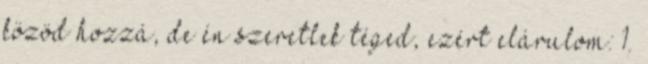
közöd hozzá, de én szeretlek téged, ezért elárulom: 1.